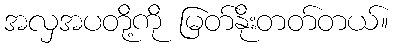
အလှအပတို့ကို မြတ်နိုးတတ်တယ်။